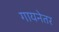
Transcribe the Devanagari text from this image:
गायनेतर